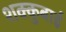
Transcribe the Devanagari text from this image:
शक्कुबाई